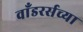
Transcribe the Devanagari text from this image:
वाँडरर्सच्या